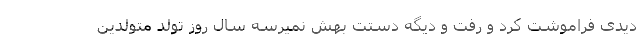
دیدی فراموشت کرد و رفت و دیگه دستت بهش نمیرسه سال روز تولد متولدین